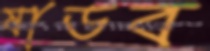
ষাড়ব